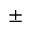
\pm